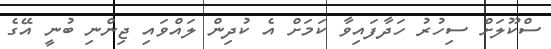
ސްކޫލަށް ސިހުރު ހަދާފައިވާ ކަމަށް އެ ކުދިން ލައްވައި ޖިންނި ބުނީ އޭގެ